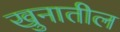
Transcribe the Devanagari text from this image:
खुनातील